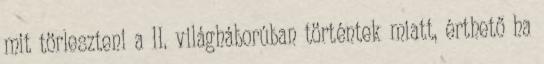
mit törleszteni a II. világháborúban történtek miatt, érthető ha